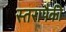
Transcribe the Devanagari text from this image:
स्तरापैकी